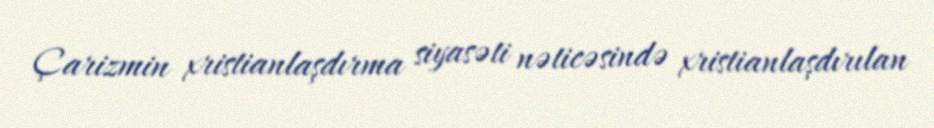
Çarizmin xristianlaşdırma siyasəti nəticəsində xristianlaşdırılan